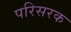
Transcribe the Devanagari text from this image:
परिसरक